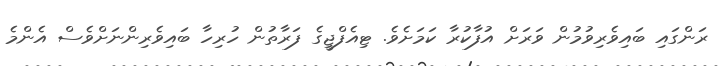
ރަންގައި ބައިވެރިވުމުން ވަރަށް އުފާކުރާ ކަމަށެވެ. ޓިއެފްޖީގެ ފަރާތުން ހުރިހާ ބައިވެރިންނަށްވެސް އެންމެ